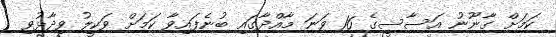
ކަމަށް ގާނޫނު އަސާސީގެ 16 ވަނަ މާއްދާގައި ބުނެފައިވާ ކަމަށް ވަކީލު ވިދާޅުވި